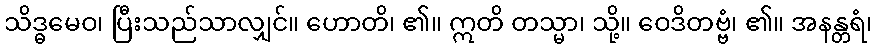
သိဒ္ဓမေဝ၊ ပြီးသည်သာလျှင်။ ဟောတိ၊ ၏။ ဣတိ တသ္မာ၊ သို့။ ဝေဒိတဗ္ဗံ၊ ၏။ အနန္တရံ၊